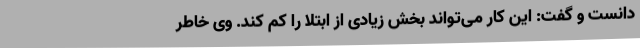
دانست و گفت: این کار می‌تواند بخش زیادی از ابتلا را کم کند. وی خاطر